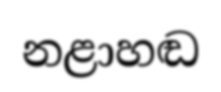
නළාහඬ